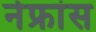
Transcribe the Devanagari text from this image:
नेफ्रांस